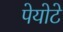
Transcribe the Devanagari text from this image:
पेयोटे